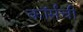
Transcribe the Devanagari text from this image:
कॉर्सची